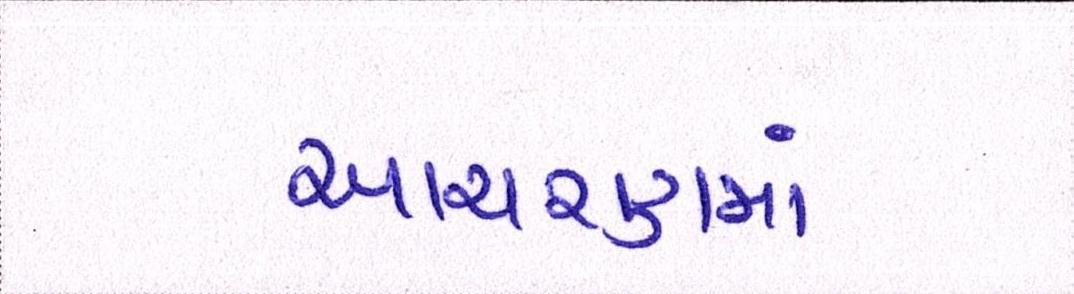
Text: આચરણમાં